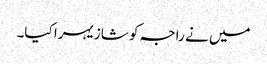
میں نے راجہ کو شازیہرا کیا۔